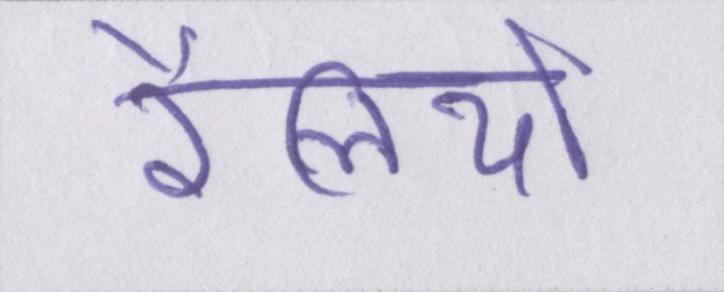
रैलियों